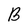
Character: B